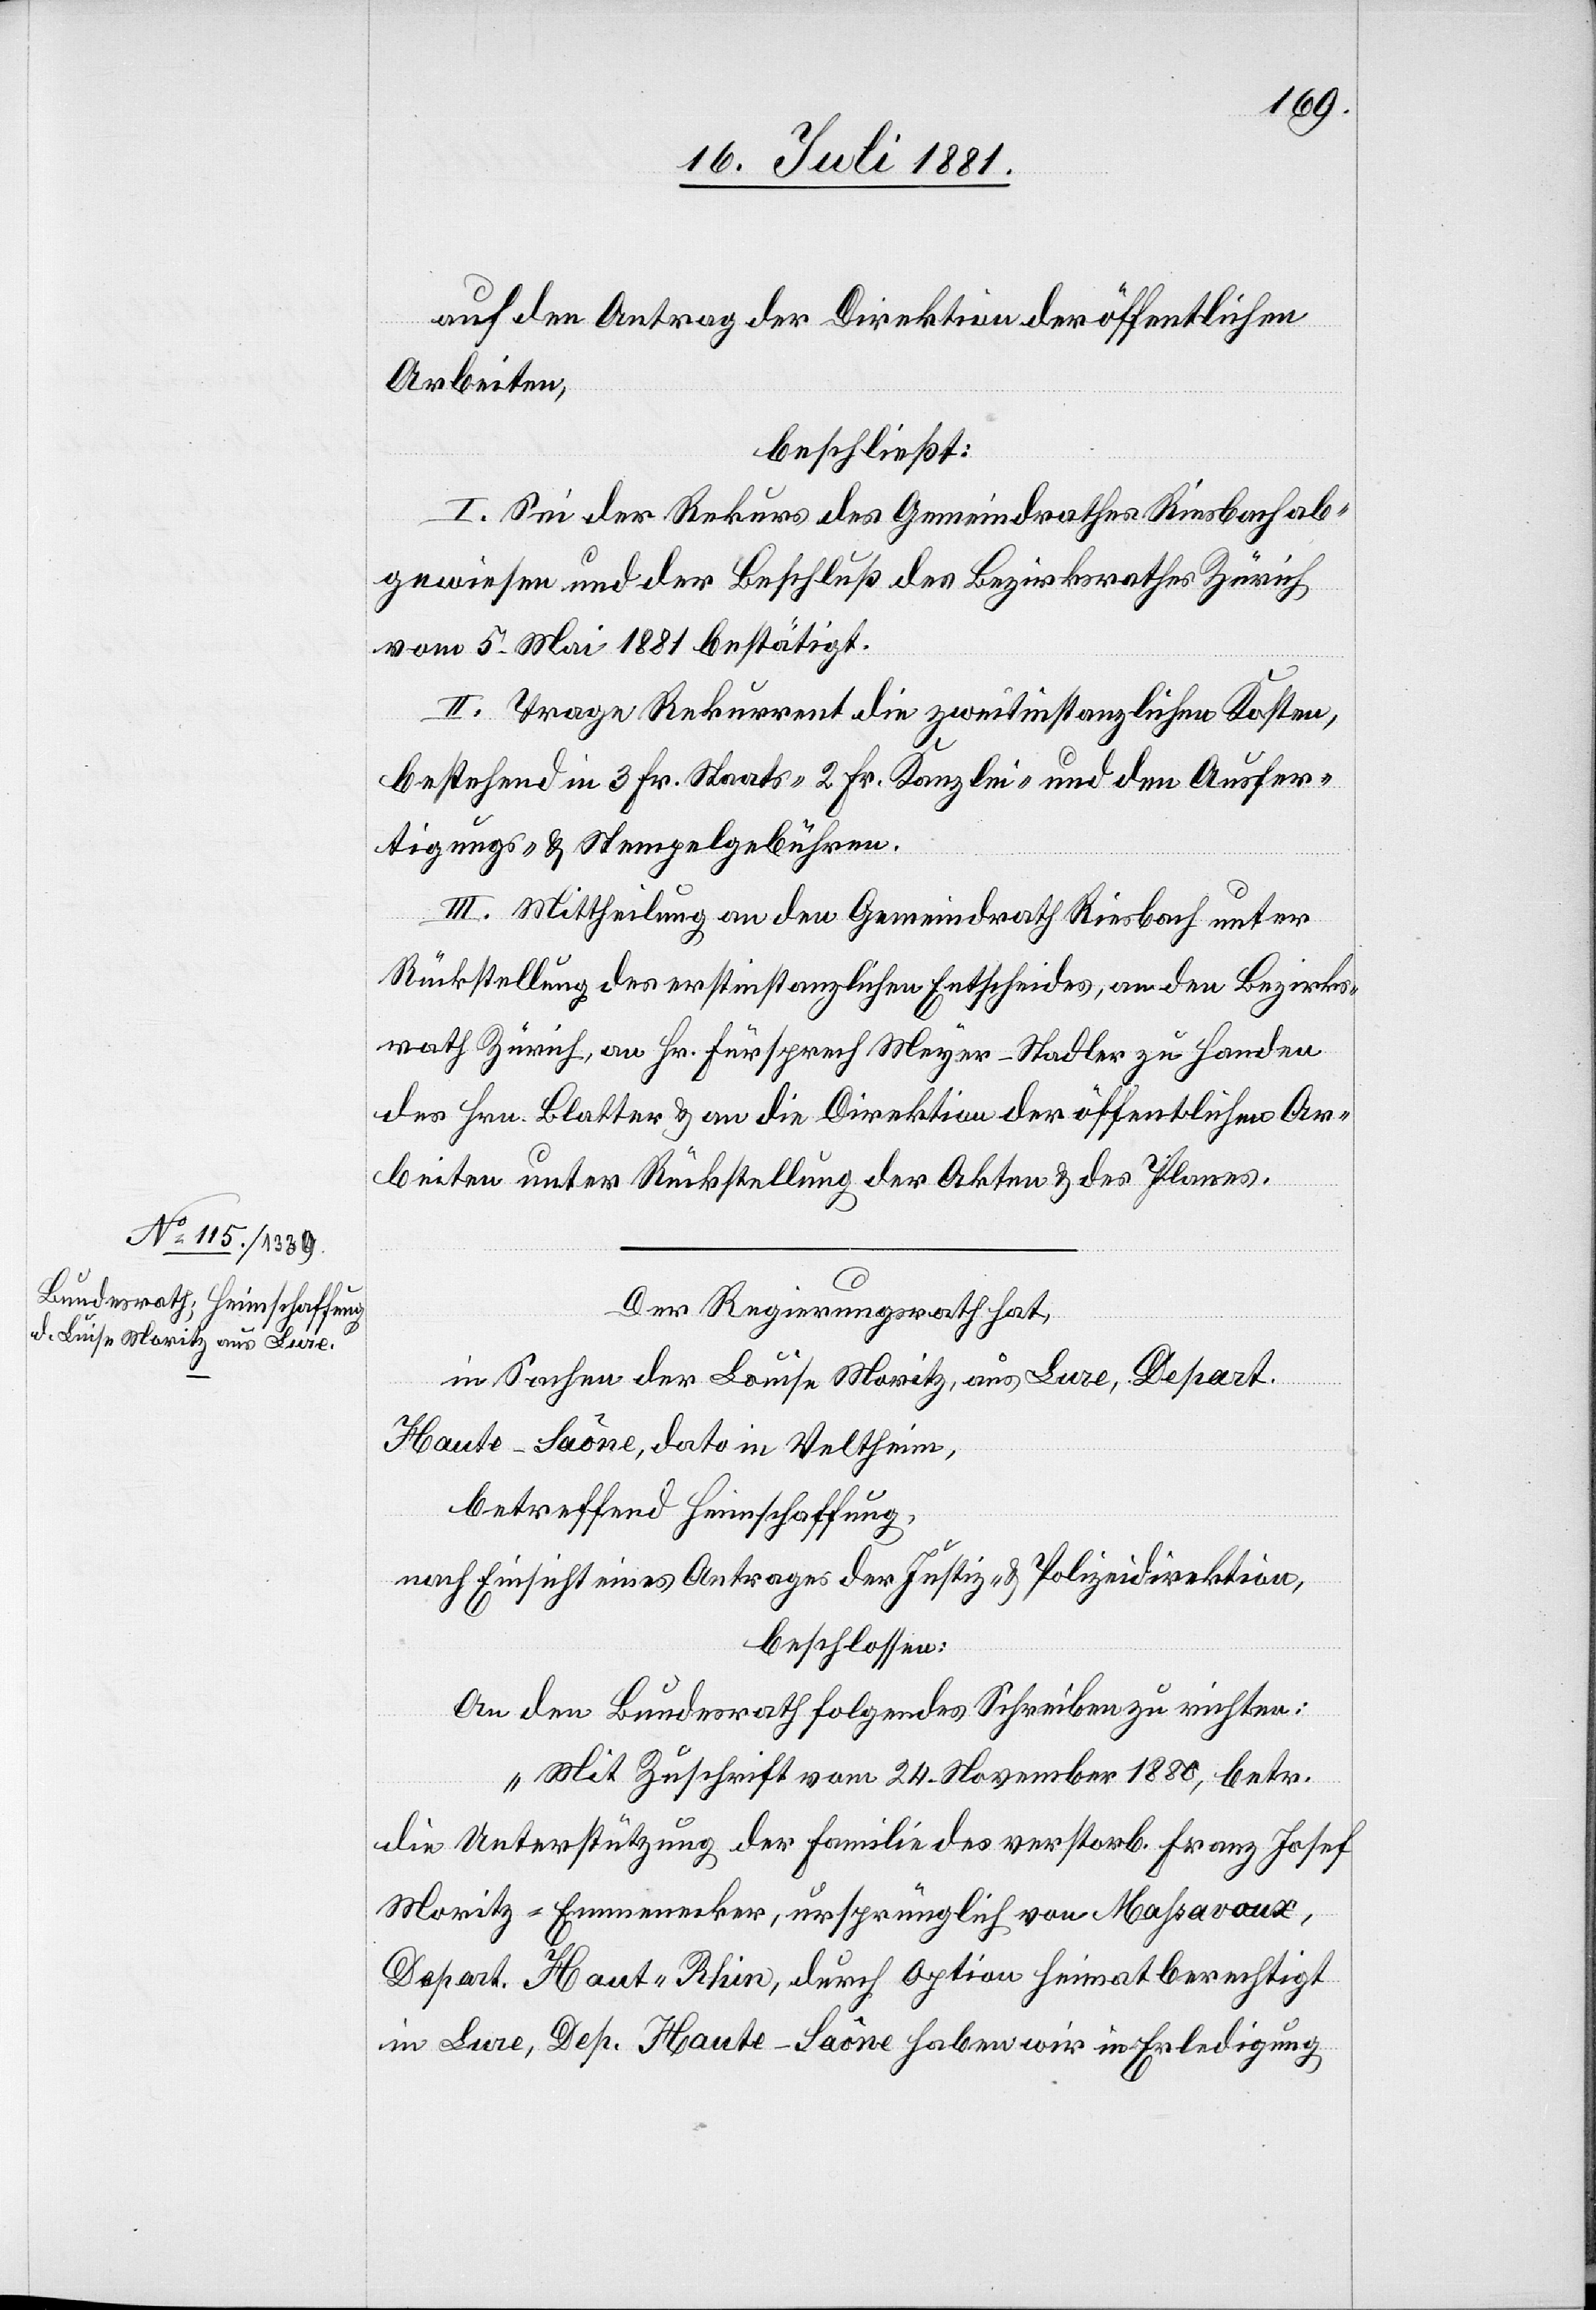
auf den Antrag der Direktion der öffentlichen
Arbeiten,
beschließt:
I. Sei der Rekurs des Gemeindrathes Riesbach ab¬
gewiesen und der Beschluß des Bezirksrathes Zürich
vom 5. Mai 1881 bestätigt.
II. Trage Rekurrent die zweitinstanzlichen Kosten,
bestehend in 3 Fr. Staats- 2 Fr. Kanzlei- und den Ausfer¬
tigungs- & Stempelgebühren.
III. Mittheilung an den Gemeindrath Riesbach unter
Rückstellung des erstinstanzlichen Entscheides, an den Bezirks¬
rath Zürich, an Hr. Fürsprech Meyer-Stadler zu Handen
des Hrn. Glatter & an die Direktion der öffentlichen Ar¬
beiten unter Rückstellung der Akten & des Planes.
Der Regierungsrath hat,
in Sachen der Louise Moritz, aus Lure, Depart.
Haut-Saône, dato in Veltheim,
betreffend Heimschaffung,
nach Einsicht eines Antrages der Justiz- & Polizeidirektion,
beschlossen
An den Bundesrath folgendes Schreiben zu richten:
„Mit Zuschrift vom 24. November 1888, betr.
die Unterstützung der Familie des verstorb. Franz Josef
Moritz-Emmenecker, ursprünglich von Mahsavoux,
Depart. Haut-Rhin, durch Option heimatberechtigt
in Lure, Dep. Haute-Saône haben wir in Erledigung